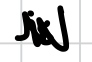
Text: is
Cross-out: zig-zag
Writing tool: digital_black